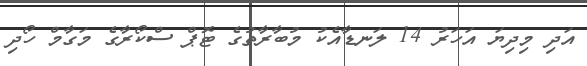
އަދި މިދިޔަ އަހަރު 14 ލަނޑާއެކު މުބާރާތުގެ ޓޮޕް ސްކޯރާގެ މަގާމް ހޯދި